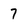
Character: 7